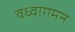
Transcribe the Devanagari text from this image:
वध्वागमन